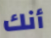
أنك